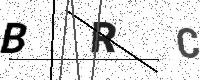
Text: BRC